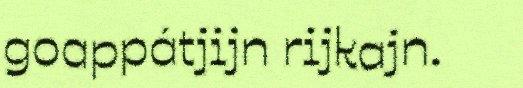
goappátjijn rijkajn.